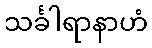
သင်္ခါရာနာဟံ